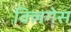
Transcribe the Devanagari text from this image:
क्लिगेस